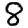
Digit: 8